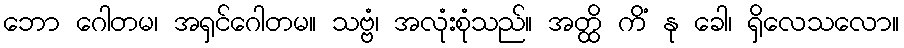
ဘော ဂေါတမ၊ အရှင်ဂေါတမ။ သဗ္ဗံ၊ အလုံးစုံသည်။ အတ္ထိ ကိံ နု ခေါ၊ ရှိလေသလော။